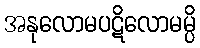
အနုလောမပဋိလောမမ္ပိ